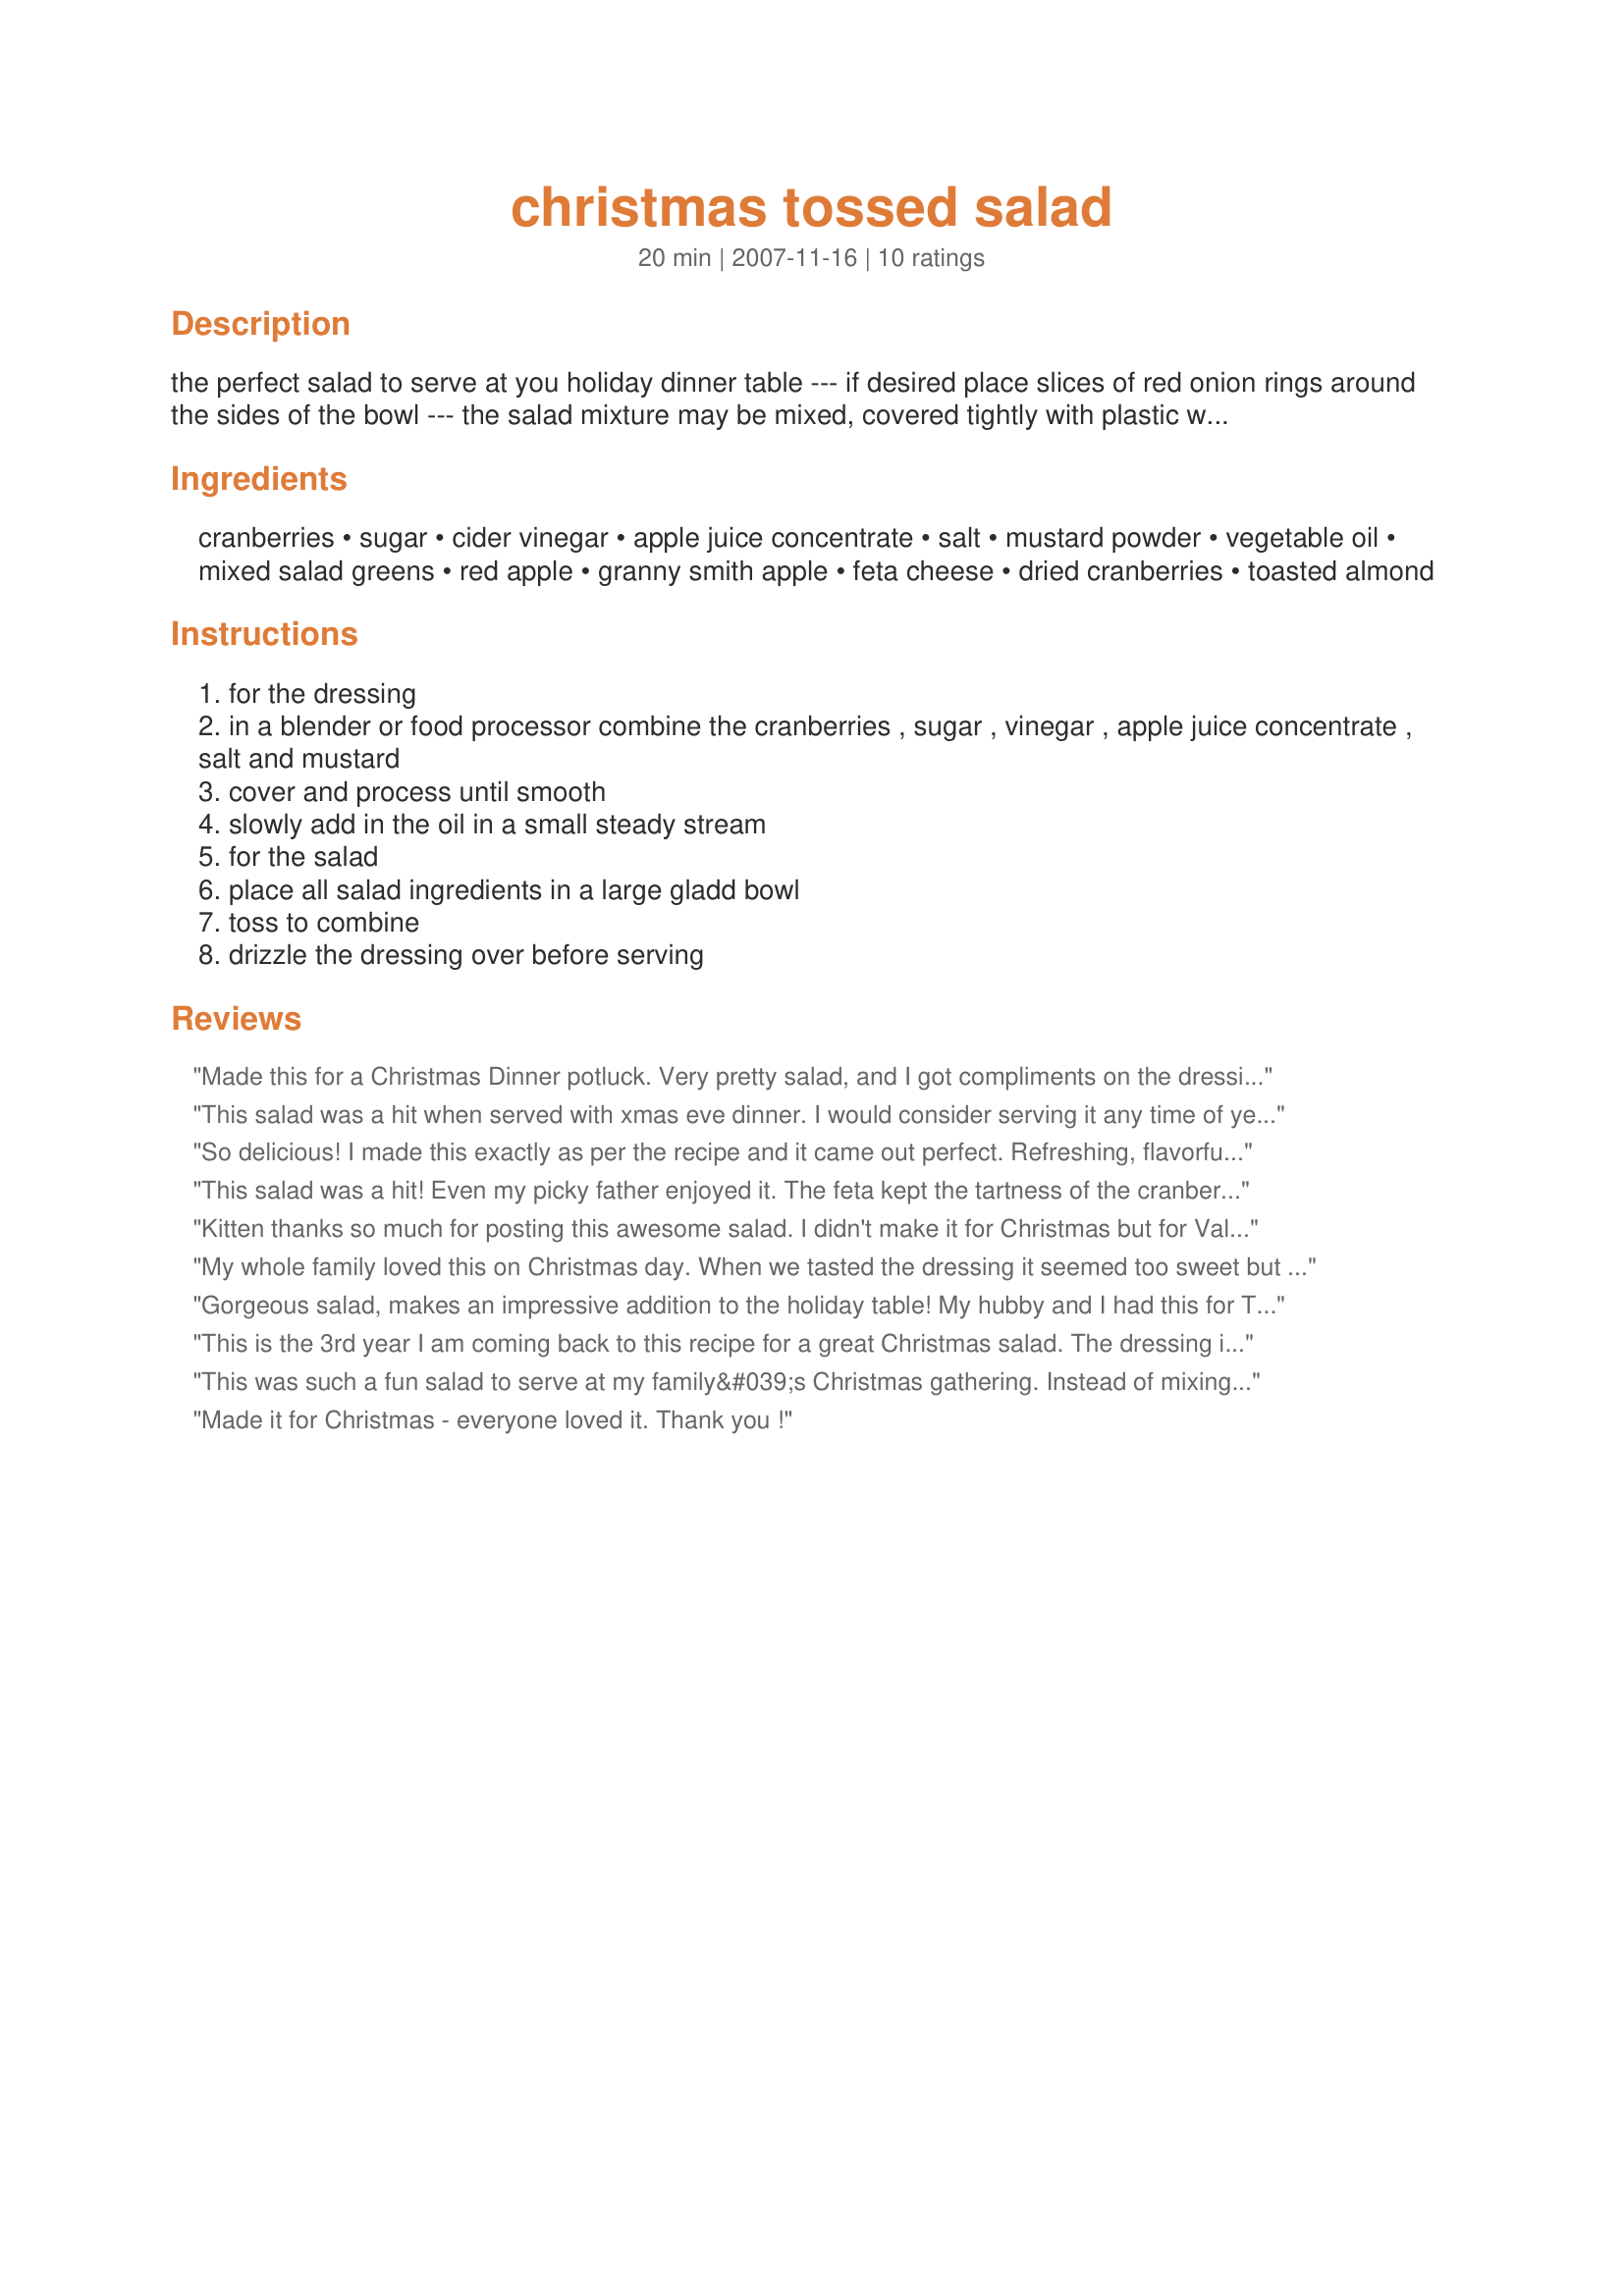
christmas tossed salad
Preparation time: 20 minutes

the perfect salad to serve at you holiday dinner table --- if desired place slices of red onion rings around the sides of the bowl --- the salad mixture may be mixed, covered tightly with plastic wrap hours ahead but do not toss in the apples until before serving or they tend to discolour, also do not add in the dressing until serving time, if you are serving more than 8 people double the recipe :)

Ingredients:
cranberries, sugar, cider vinegar, apple juice concentrate, salt, mustard powder, vegetable oil, mixed salad greens, red apple, granny smith apple, feta cheese, dried cranberries, toasted almond

Steps:
for the dressing
in a blender or food processor combine the cranberries , sugar , vinegar , apple juice concentrate , salt and mustard
cover and process until smooth
slowly add in the oil in a small steady stream
for the salad
place all salad ingredients in a large gladd bowl
toss to combine
drizzle the dressing over before serving

Reviews:
Made this for a Christmas Dinner potluck. Very pretty salad, and I got compliments on the dressing....sweet and tangy, it was a hit!
This salad was a hit when served with xmas eve dinner. I would consider serving it any time of year, nice flavor and something different. No need to double the dressing ingrediants for a serving a larger group, it makes plenty!
So delicious! I made this exactly as per the recipe and it came out perfect. Refreshing, flavorful and so seasonal. I will make this again. Highly recommend.
This salad was a hit! Even my picky father enjoyed it. The feta kept the tartness of the cranberries in balance. I will definitely serve this again, maybe with some chicken to make it a meal. Thanks for the recipe.
Kitten thanks so much for posting this awesome salad. I didn't make it for Christmas but for Valentine's Day and it was loved by all. Everyone kept returning for seconds and thirds and that's unusual for the salad. Loved the tangyness of the dressing. The only thing I did differant was leave out the apples and that was a mistake, I'd bought them and went to use them and couldn't find them - pretty sure one of the DGSs must have had a snack. I can only imagine how much better it would have been with the apples - YUM.
My whole family loved this on Christmas day.
When we tasted the dressing it seemed too sweet but once we drizzled it on the salad it was perfect.
In addition to the sublime flavor combination it looked
so lovely and festive.
Last night for supper we made it again to use up more of the dressing recipe makes lots) and added chopped roasted chicken to make it a meal.
SOOOO good!!!!!
Thank you for posting yet another spectacular recipe.
Gorgeous salad, makes an impressive addition to the holiday table! My hubby and I had this for Thanksgiving this year and it was a great change from the usual green bean casserole. The dressing was very good. The only thing we will change in the future is to leave out the granny smith apple and replace with another red one, as it was a little too tart for our tastes. Thanks!
This is the 3rd year I am coming back to this recipe for a great Christmas salad. The dressing is EXCELLENT and I don't change a thing!!<br/>I will be mixing up the greens this year and trying it as a chopped salad and will include walnuts, celery, whole dried cranberries, sunflower seeds, and of course the apples, with a base of chopped kale and baby spinach. I know it will be a huge hit at our table of 20.
This was such a fun salad to serve at my family&#039;s Christmas gathering. Instead of mixing it altogether in a bowl, I was able to make each plate individually. It was very pretty and well enjoyed. Thank you!
Made it for Christmas - everyone loved it. Thank you !
